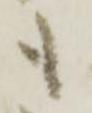
も